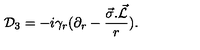
{ \cal D } _ { 3 } = - i { \gamma } _ { r } ( { \partial } _ { r } - { \frac { \vec { \sigma } . \vec { \cal L } } { r } } ) .